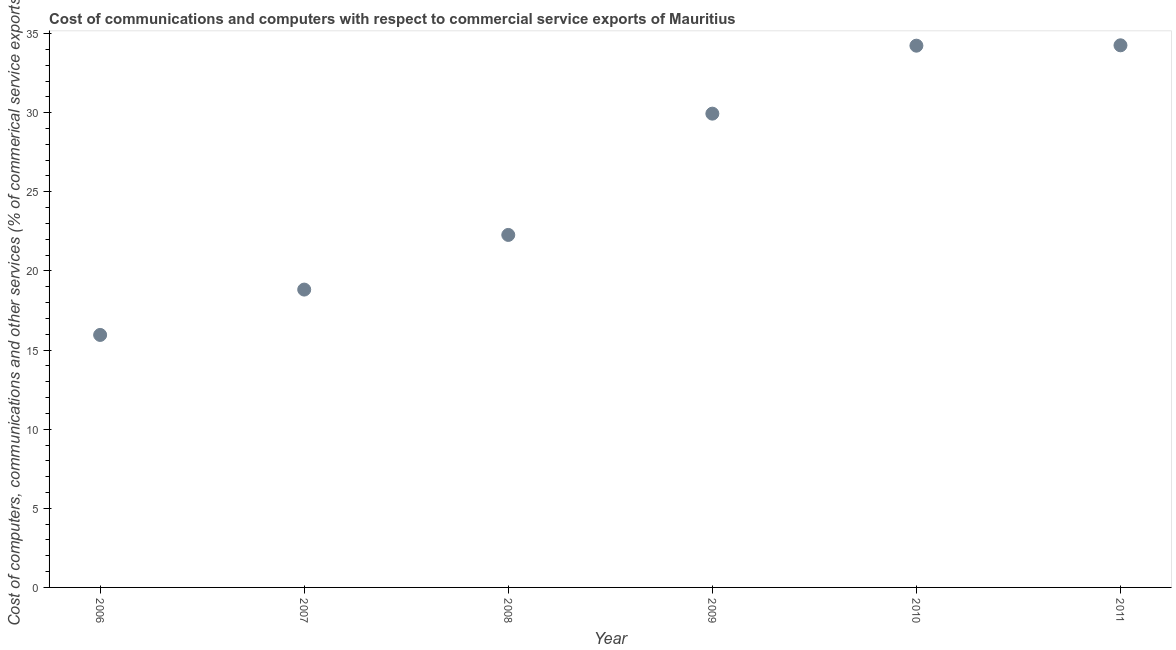
| Year | Computer |
 | --- | --- |
 | 2006 | 16 |
 | 2007 | 18.8 |
 | 2008 | 22.3 |
 | 2009 | 29.9 |
 | 2010 | 34.2 |
 | 2011 | 34.3 |